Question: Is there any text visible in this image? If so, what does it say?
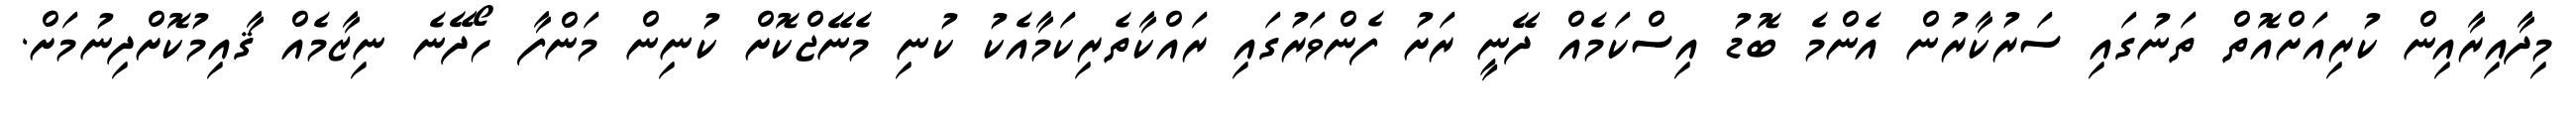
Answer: މިދާއިރާއިން ކުރިއަށްއޮތް ތަނުގައި ސަރުކާރުން އެންމެ ބޮޑު އިސްކަމެއް ދޭނީ ރަށު ފެންވަރުގައި ރައްކާތެރިކަމާއެކު ކުނި މެނޭޖްކޮށް ކުނިން މަންފާ ހޯދޭނެ ނިޒާމެއް ޤާއިމުކޮށްދިނުމަށް.